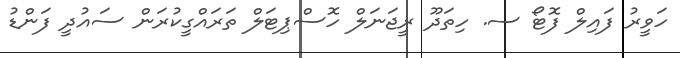
ހަވީރު ފައިލް ފޮޓޯ ސ. ހިތަދޫ ރީޖަނަލް ހޮސްޕިޓަލް ތަރައްގީކުރަން ސައުދީ ފަންޑު